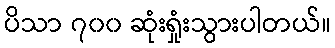
ပိသာ ၇၀၀ ဆုံးရှုံးသွားပါတယ်။